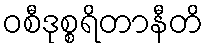
ဝစီဒုစ္စရိတာနီတိ